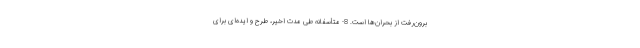
برون‌رفت از بحران‌ها است. 8- متأسفانه طی مدت اخیر، طرح و ایده‌ای برای